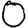
Digit: 0